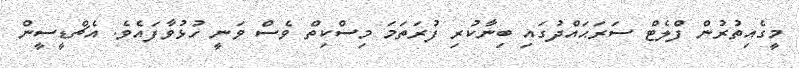
މީގެއިތުރުން ފްލެޓް ސަރަޙައްދުގައި ބިނާކުރި ފުރަތަމަ މިސްކިތް ވެސް ވަނީ ހުޅުވާފައެވެ. އެޗްޑީސީން